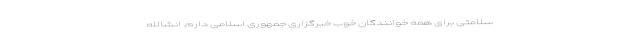
سلامتی برای همه خوانندگان خوب خبرگزاری جمهوری اسلامی دارم. انشالله